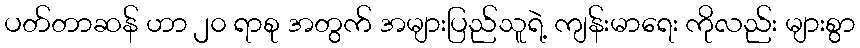
ပတ်တာဆန် ဟာ ၂၀ ရာစု အတွက် အများပြည်သူရဲ့ ကျန်းမာရေး ကိုလည်း များစွာ